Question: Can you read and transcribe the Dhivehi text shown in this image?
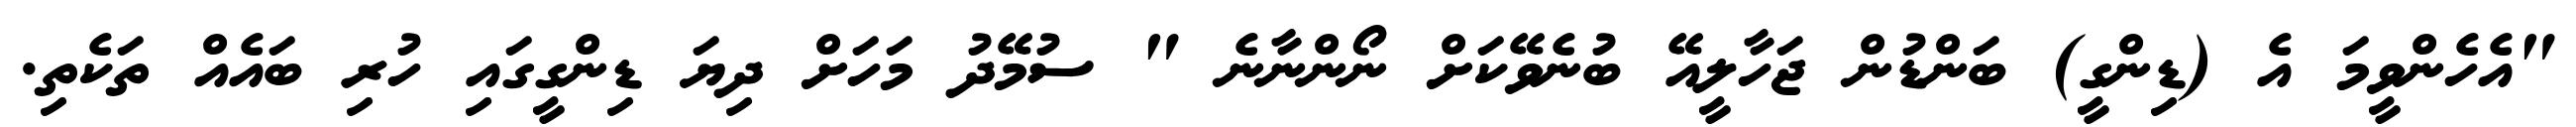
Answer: "އެހެންވީމަ އެ (ޑިންގީ) ބަންޑުން ޖަހާލީއޭ ބުނެވޭކަށް ނޯންނާނެ " ސުމޭދު މަހަށް ދިޔަ ޑިންގީގައި ހުރި ބައެއް ތަކެތި.